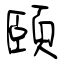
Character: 頤